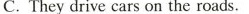
C.They drive cars on the roads